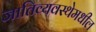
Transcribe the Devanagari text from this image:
जातिव्यवस्थेमधील